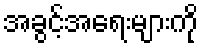
အခွင့်အရေးများကို